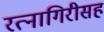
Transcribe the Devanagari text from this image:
रत्नागिरीसह